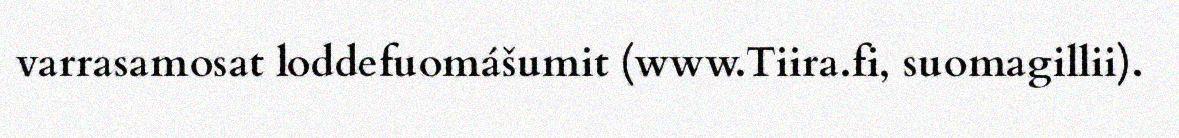
varrasamosat loddefuomášumit (www.Tiira.fi, suomagillii).